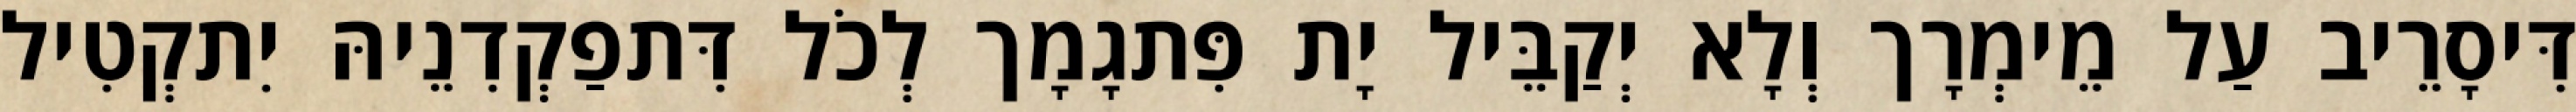
דִּיסָרֵיב עַל מֵימְרָך וְלָא יְקַבֵּיל יָת פִּתגָמָך לְכֹל דִּתפַקְדִנֵיהּ יִתקְטִיל